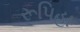
રૂપિહા